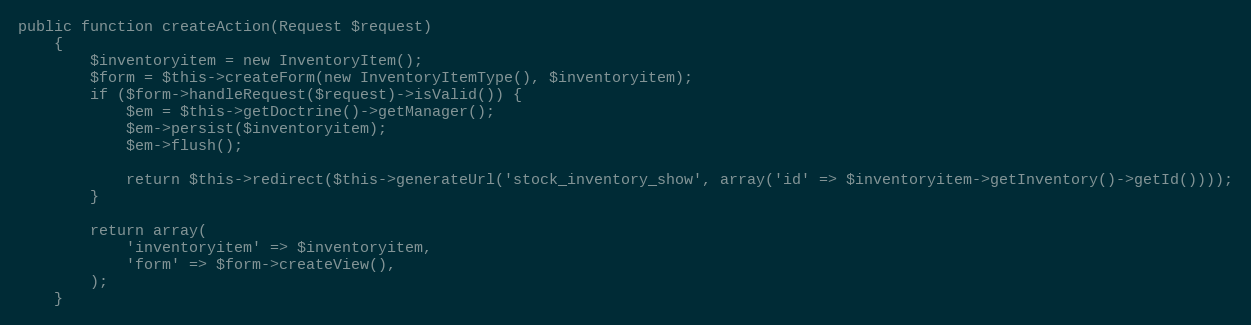
Language: PHP
public function createAction(Request $request)
    {
        $inventoryitem = new InventoryItem();
        $form = $this->createForm(new InventoryItemType(), $inventoryitem);
        if ($form->handleRequest($request)->isValid()) {
            $em = $this->getDoctrine()->getManager();
            $em->persist($inventoryitem);
            $em->flush();

            return $this->redirect($this->generateUrl('stock_inventory_show', array('id' => $inventoryitem->getInventory()->getId())));
        }

        return array(
            'inventoryitem' => $inventoryitem,
            'form' => $form->createView(),
        );
    }